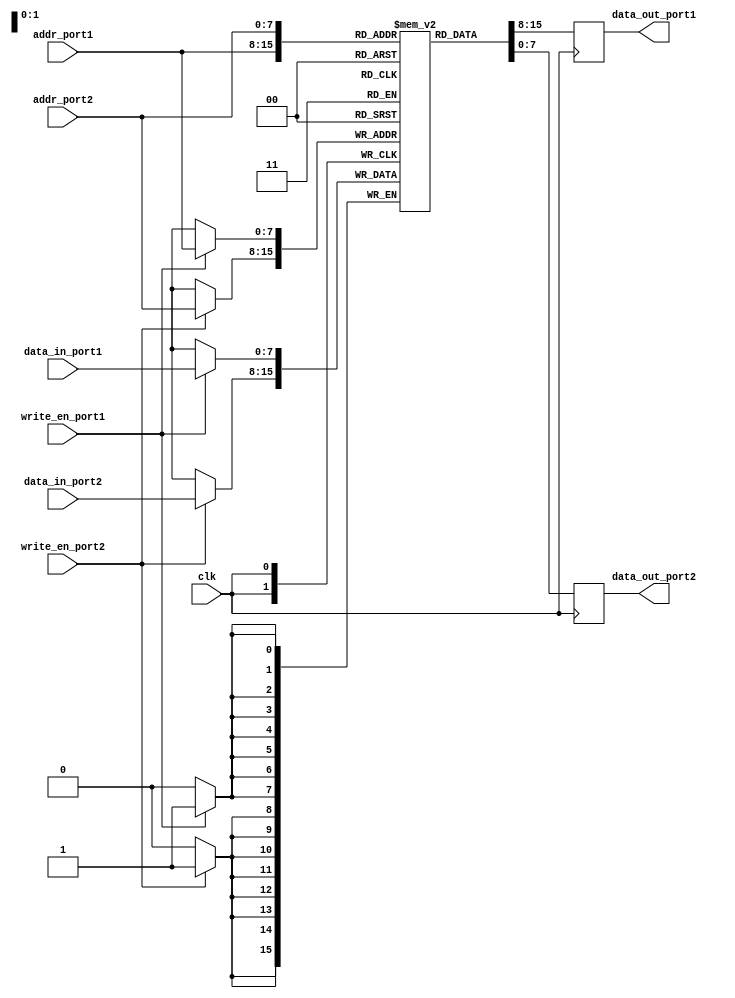
module dual_port_ram (
  input wire clk,                   // clock signal
  input wire [7:0] addr_port1,      // address for port 1
  input wire [7:0] addr_port2,      // address for port 2
  input wire write_en_port1,        // write enable signal for port 1
  input wire write_en_port2,        // write enable signal for port 2
  input wire [7:0] data_in_port1,   // data input for port 1
  input wire [7:0] data_in_port2,   // data input for port 2
  output wire [7:0] data_out_port1, // data output for port 1
  output wire [7:0] data_out_port2  // data output for port 2
);

reg [7:0] mem [0:255]; // 256x8 dual-port RAM

always @(posedge clk)
begin
  // Port 1 read
  data_out_port1 <= mem[addr_port1];

  // Port 1 write
  if (write_en_port1)
    mem[addr_port1] <= data_in_port1;

  // Port 2 read
  data_out_port2 <= mem[addr_port2];

  // Port 2 write
  if (write_en_port2)
    mem[addr_port2] <= data_in_port2;
end

endmodule